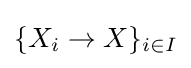
\{X_{i}\to X\}_{i\in I}